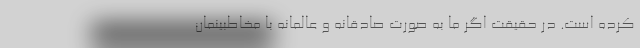
کرده است. در حقیقت اگر ما به صورت صادقانه و عالمانه با مخاطبینمان